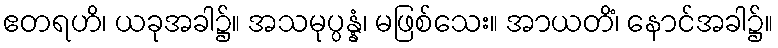
ဧတရဟိ၊ ယခုအခါ၌။ အသမုပ္ပန္နံ၊ မဖြစ်သေး။ အာယတိံ၊ နောင်အခါ၌။